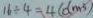
1 6 \div 4 = 4 ( d m ^ { 3 } )